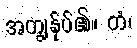
အကျွန်ုပ်၏။ တံ၊